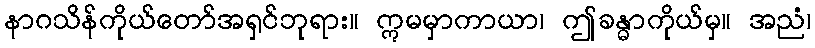
နာဂသိန်ကိုယ်တော်အရှင်ဘုရား။ ဣမမှာကာယာ၊ ဤခန္ဓာကိုယ်မှ။ အညံ၊